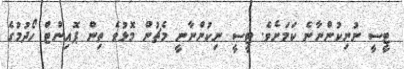
ޓީސީ ނުނިކުންނާނެ ކަމަށެވެ. ޓީސީ ނިކުންނާނީ މެޗުން މޮޅުވެ ތިން ޕޮއިންޓް ހޯދުމުގެ